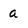
Character: a